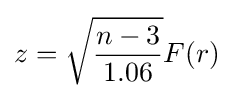
z={\sqrt {\frac {n-3}{1.06}}}F(r)